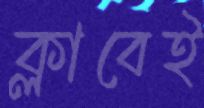
ক্লাবেই